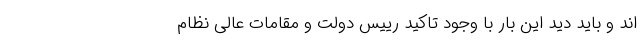
اند و باید دید این بار با وجود تاکید رییس دولت و مقامات عالی نظام